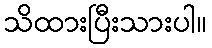
သိထားပြီးသားပါ။